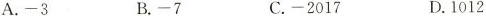
A.-3 B.-7 C.-2017 D.1012